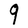
Character: q